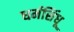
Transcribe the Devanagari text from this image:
धर्मसिंधू